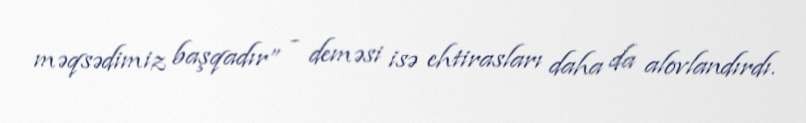
məqsədimiz başqadır” - deməsi isə ehtirasları daha da alovlandırdı.